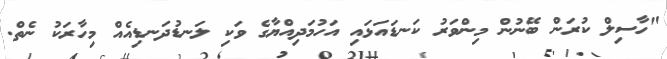
"ހާސިލް ކުރަން ބޭނުން މިންވަރު ކަނޑައަޅައި އަހުމަދިއްޔާގެ ވަކި ލަނޑުދަނޑިއެއް މިހާރަކު ނެތް.